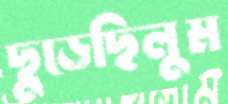
ছুড়েছিলুম